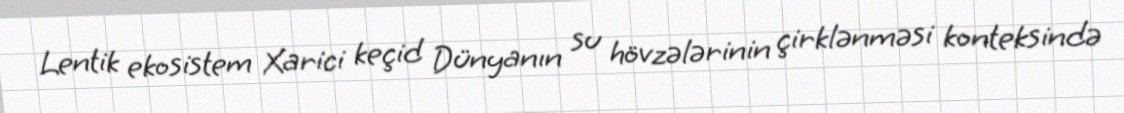
Lentik ekosistem Xarici keçid Dünyanın su hövzələrinin çirklənməsi konteksində